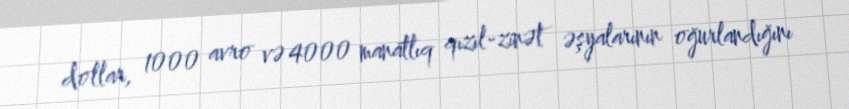
dollar, 1000 avro və 4000 manatlıq qızıl-zinət əşyalarının oğurlandığını